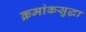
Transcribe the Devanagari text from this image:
क्रमांकसुद्धा